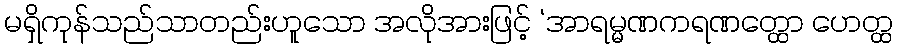
မရှိကုန်သည်သာတည်းဟူသော အလိုအားဖြင့် ‘အာရမ္မဏကရဏတ္ထော ဟေတ္ထ